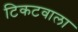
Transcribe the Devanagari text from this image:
टिकटवाला